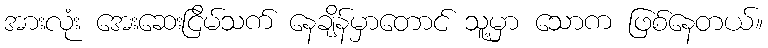
အားလုံး အေးဆေးငြိမ်သက် နေချိန်မှာတောင် သူ့မှာ သောက ဖြစ်နေတယ်။